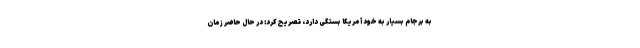
به برجام بسیار به خود آمریکا بستگی دارد، تصریح کرد: در حال حاضر زمان